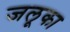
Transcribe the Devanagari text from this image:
जलूका